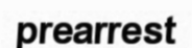
prearrest